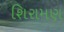
શિરામણ